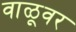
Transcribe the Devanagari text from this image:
वाळूवर